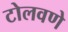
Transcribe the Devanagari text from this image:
टोलवणे